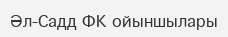
Әл-Садд ФК ойыншылары